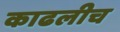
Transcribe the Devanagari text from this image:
काढलीच